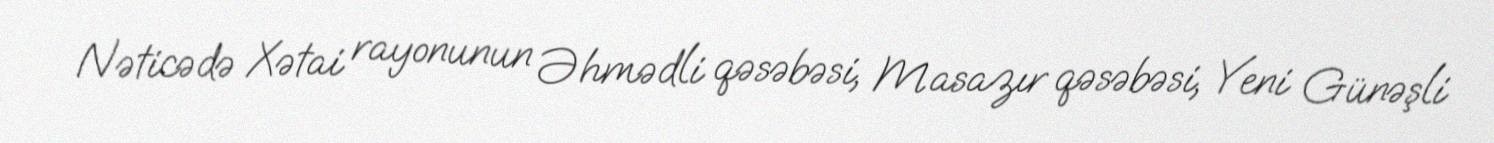
Nəticədə Xətai rayonunun Əhmədli qəsəbəsi, Masazır qəsəbəsi, Yeni Günəşli